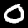
Label: 0